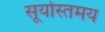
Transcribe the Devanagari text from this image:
सूर्यास्तमय